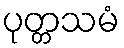
ပုတ္တသမံ